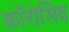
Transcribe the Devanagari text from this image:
काॅरोसिव